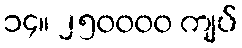
၁၄။ ၂၅၀၀၀၀ ကျပ်